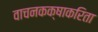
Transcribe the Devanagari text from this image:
वाचनकक्षाकरिता